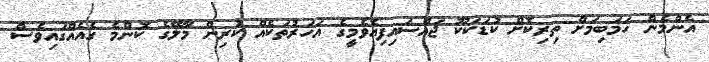
އެންމެން ހަމަބިމަށް ތިރިކޮށް ކުޑަކަކޫ ޖައްސައިފިއެވެމީގެ އަހަރުތަކެއް ކުރިން މާލޭގެ ކޮންމެ ގެއެއްގައިވެސް